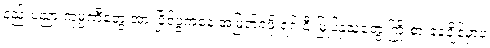
နည်းပညာ ကုမ္ပဏီတွေ အားပြိုင်ပွဲကနေ အမြတ်ရဖို့ ရင်းနှီးမြှုပ်နှံသူတွေ ကြိုးစားနေချိန်မှာပဲ